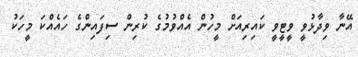
އޭނާ ވިދާޅުވީ ވީޓީވީ ކައިރިއަށް މީހުން އެއްވުމުގެ ކުރިން ސިފައިންގެ ހައެއްކަ މީހަކު